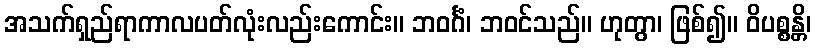
အသက်ရှည်ရာကာလပတ်လုံးလည်းကောင်း။ ဘဝင်္ဂံ၊ ဘဝင်သည်။ ဟုတွာ၊ ဖြစ်၍။ ဝိပစ္စန္တိ၊